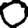
Digit: 0